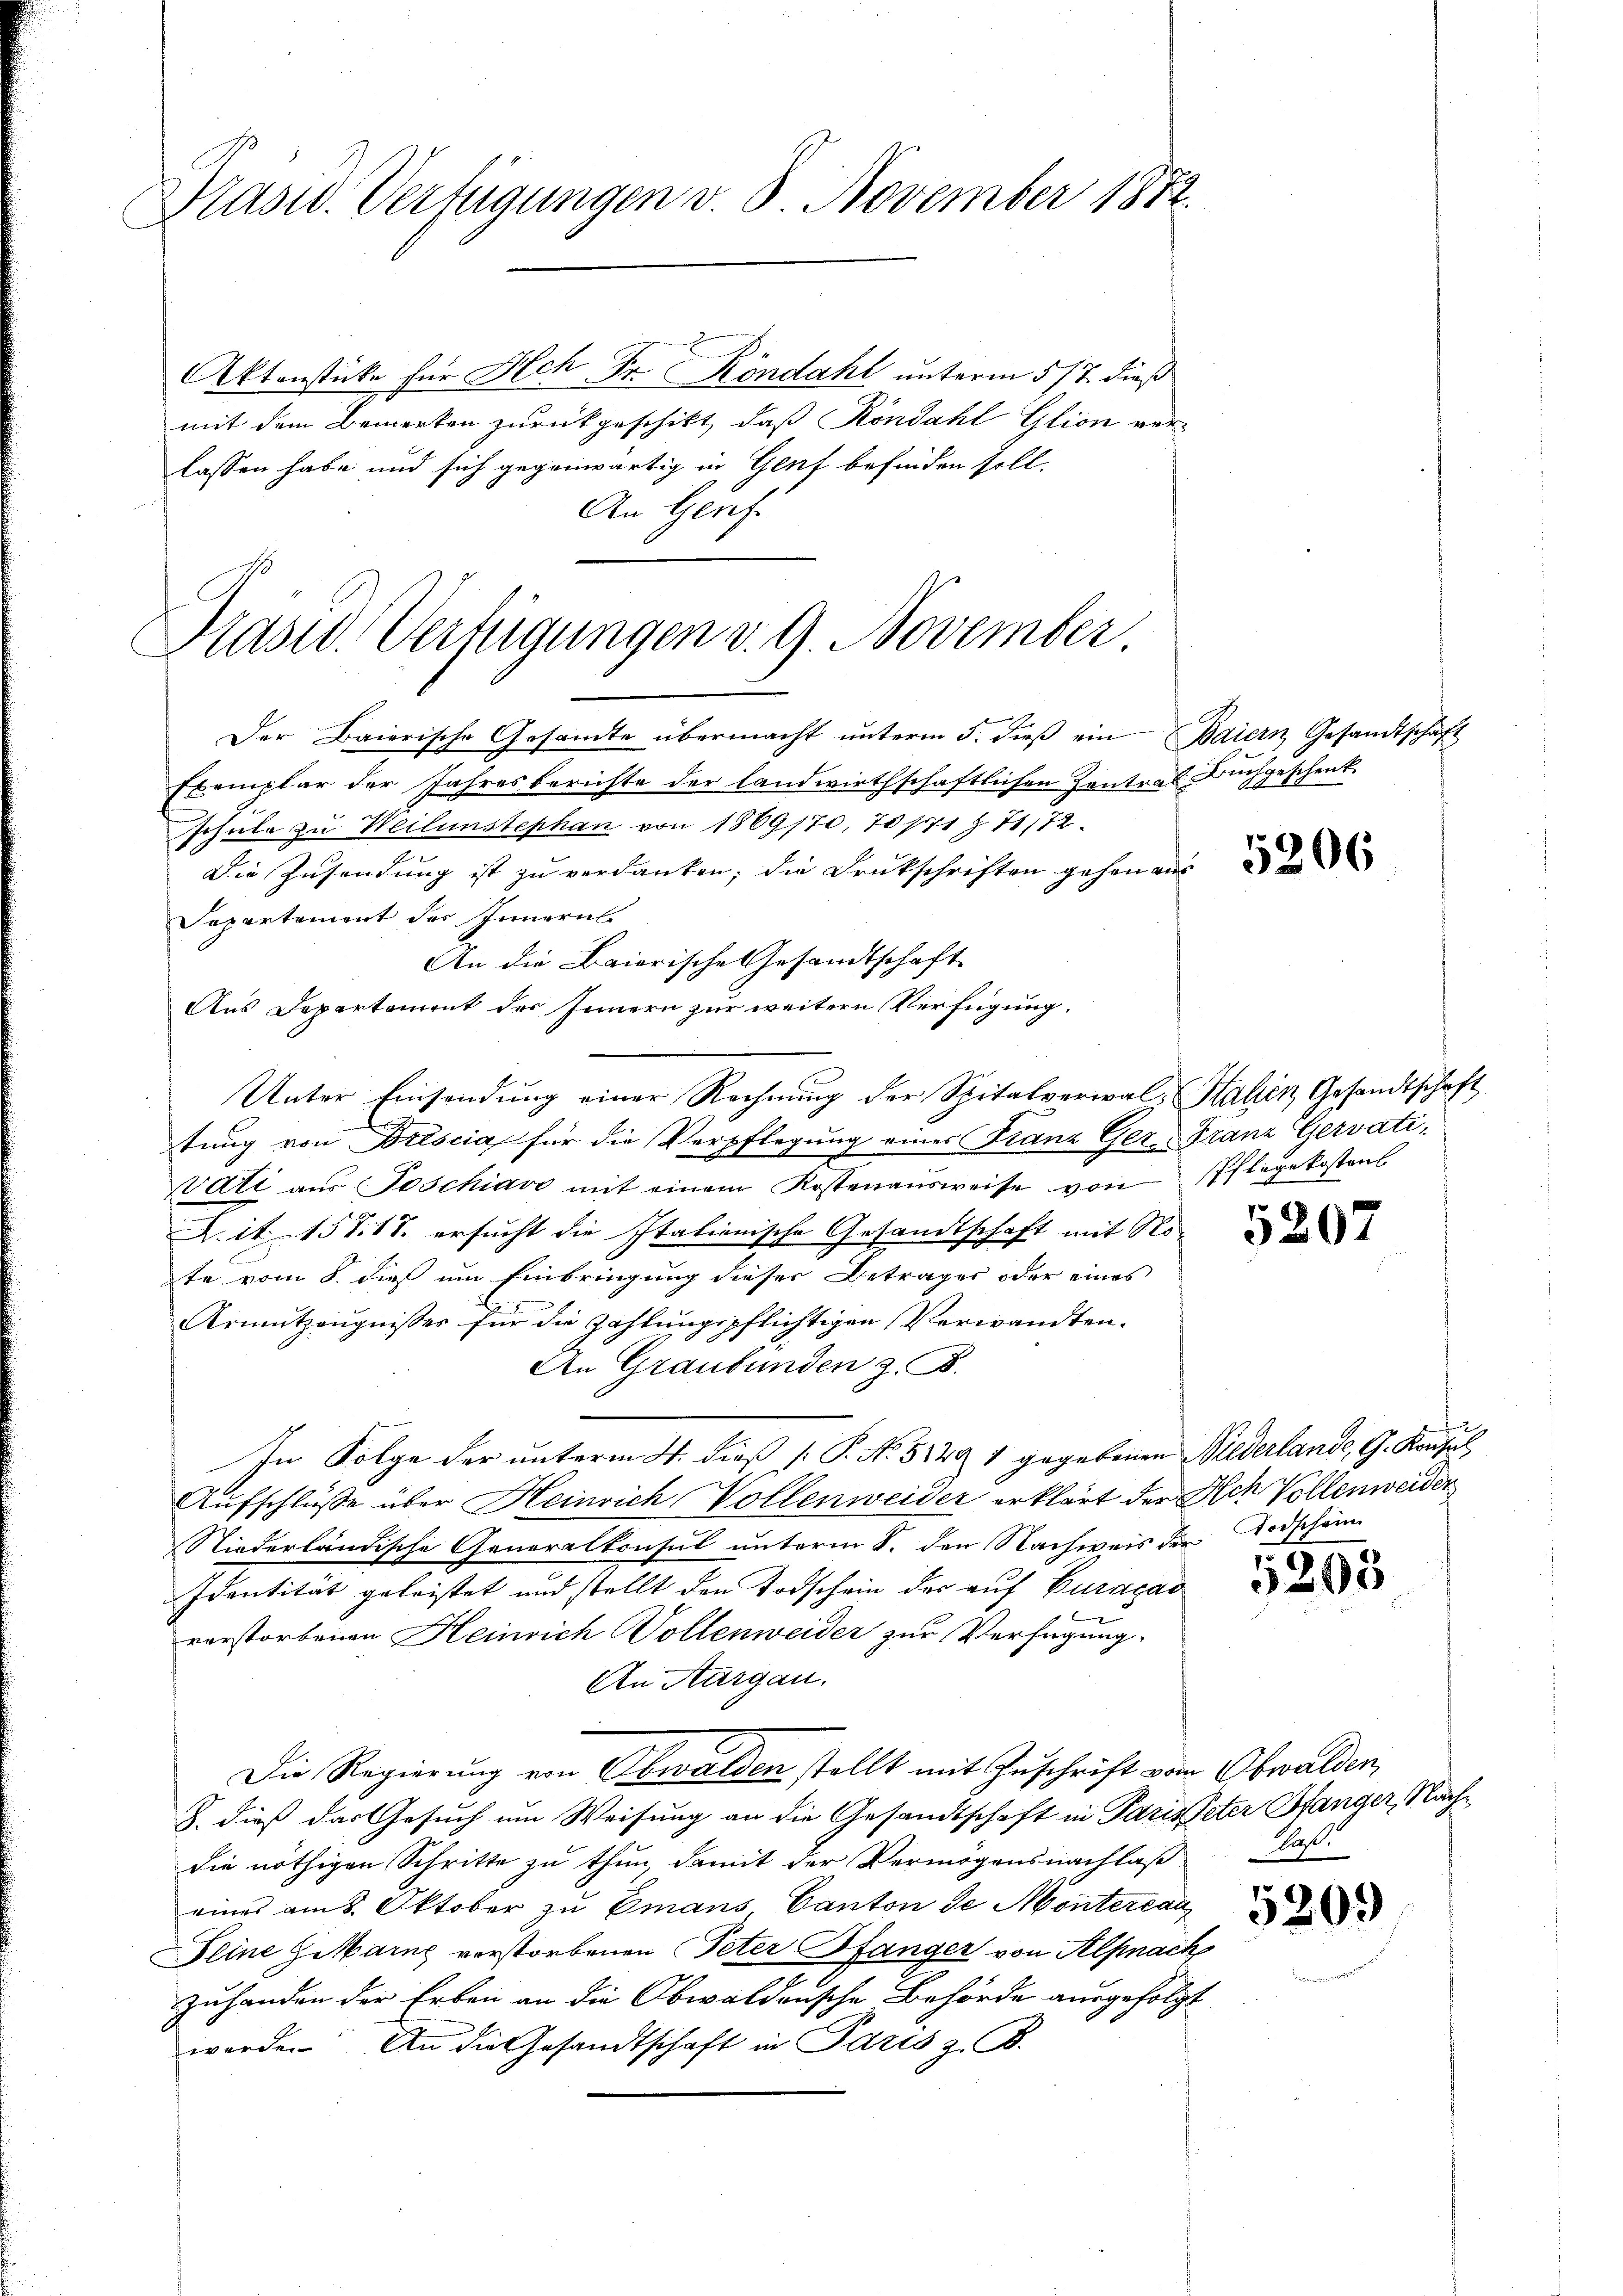
Präsid. Verfügungen v. 8. November 1872.

Aktenstücke für Hch. Fr. Köndaht unterm 5/7. dieß
mit dem Bemerken zurückgeschikt, daß Köndahl Glion ver-
lassen habe und sich gegenwärtig in Genf befinden soll.
An Genf.

Hasid. Verfügungen v. 9. November

Der Baierische Gesandte übermacht unterm 5. dieβ ein Baiern Gesandtschaft
Exemplar der Jahresberichte der landwirthschaftlichen Zontral Buchgeschent.
schule zu Weilenstephan von 1869170, 70/71 § 71,72
Die Zusendung ist zu verdanken; die Drukschriften gehen aus
Separtement des Innern
An die Baierische Gesandtschaft
Aus Departement des Innern zur weitern Verfügung.
Unter Einsendung einer Rechnung der Spitalverwal-Halien, Gesandtschaft
tung von Brescia für die Verpflegung eines Franz Ger-Franz Gervati¬
Vati aŭs Poschiavo mit einem Kostenaŭsweise von Pflegekostens
A. it. 157. 18. ersucht die Italienische Gesandtschaft mit Note vom 8. dieß um Einbringung dieser Betrages oder eines
Armutzeugnisses für die Zahlungspflichtigen Verwandten.
An Graubünden z. B.
In Folge der unterm 4. dieß [ P. No 5129 1 gegebenen Niederlande, G. Konsul
Aufschlüsse über Heinrich Vollenweider erklärt der Ach Vollenweider
Niederländische Generalkonsul unterm 8. den Nachweis der Todschein
Identität geleistet und stellt den Todschein der auf Curagas
rerstorbenen Heinrich Vollenweider zur Verfügung
An Aargau.
Die Regierung von Obwalden stellt mit Zuschrift vom Obwalden,
8. dieß das Gesuch um Weisung an die Gesandtschaft in Paristeter Hanger, Nachdie nöthigen Schritte zu thun, damit der Vermögensnachlaß
eines am 8. Oktober zu Emans, Canton de Montereau
Seine Garne verstorbenen Peter Pfanger von Alpnack
zuhanden der Erben an die Obwaldensche Behörde ausgefolgt
werde. An die Gesandtschaft in Paris z. B.

5206

5207

203

Caß.

5209